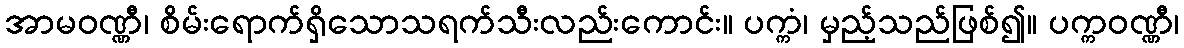
အာမဝဏ္ဏီ၊ စိမ်းရောက်ရှိသောသရက်သီးလည်းကောင်း။ ပက္ကံ၊ မှည့်သည်ဖြစ်၍။ ပက္ကဝဏ္ဏီ၊